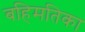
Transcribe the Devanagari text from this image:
बहिमतिका